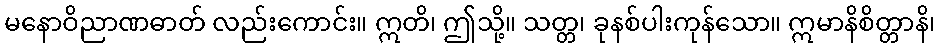
မနောဝိညာဏဓာတ် လည်းကောင်း။ ဣတိ၊ ဤသို့။ သတ္တ၊ ခုနစ်ပါးကုန်သော။ ဣမာနိစိတ္တာနိ၊